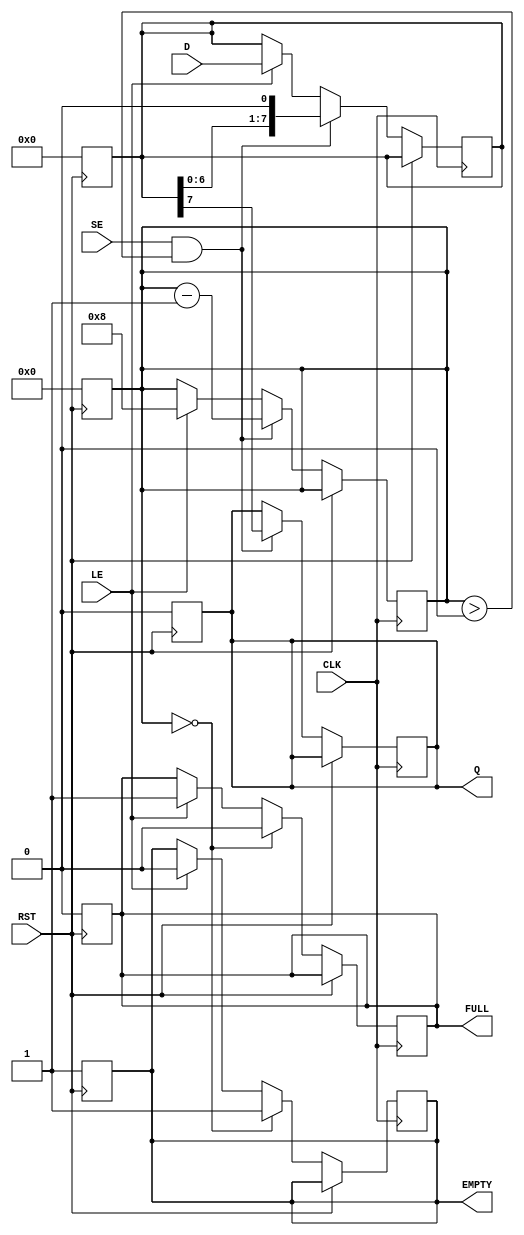
module PISO_Register #(
    parameter N = 8 // Configurable bit width (default is 8 bits)
)(
    input wire [N-1:0] D,    // Parallel Data Input
    input wire LE,            // Load Enable
    input wire SE,            // Shift Enable
    input wire CLK,           // Clock
    input wire RST,           // Reset
    output reg Q,             // Serial Output
    output reg FULL,          // Full flag
    output reg EMPTY          // Empty flag
);

    reg [N-1:0] shift_reg;    // Shift register to hold the data
    reg [3:0] count;          // Counter to track the number of bits shifted out

    // Asynchronous Reset
    always @(posedge RST) begin
        shift_reg <= 0;
        Q <= 0;
        FULL <= 0;
        EMPTY <= 1;
        count <= 0;
    end

    // Main operation on clock edge
    always @(posedge CLK) begin
        if (RST) begin
            // Reset state is handled above
        end else begin
            // Load Data
            if (LE) begin
                shift_reg <= D; // Load parallel data
                FULL <= 1;      // Register is now full
                EMPTY <= 0;     // Register is not empty
                count <= N;     // Set count to the number of bits
            end
            
            // Shift Data
            if (SE && count > 0) begin
                Q <= shift_reg[N-1]; // Output the MSB
                shift_reg <= {shift_reg[N-2:0], 1'b0}; // Shift left and fill LSB with 0
                count <= count - 1; // Decrement the count
            end
            
            // Update FULL and EMPTY flags
            if (count == 0) begin
                EMPTY <= 1; // Register is empty
                FULL <= 0;  // Register is not full
            end
        end
    end

endmodule